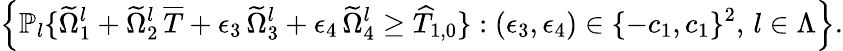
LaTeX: \Big\{ \mathbb{P}_{l}\{ \widetilde{\Omega}_{1}^{l}+\widetilde{\Omega}_{2}^{l}\, \overline{{T}}+\epsilon_{3}\, \widetilde{\Omega}_{3}^{l}+\epsilon_{4}\, \widetilde{\Omega}_{4}^{l}\geq\widehat{T}_{1,0}\} :(\epsilon_{3},\epsilon_{4})\in\{ -c_{1},c_{1}\} ^{2},\, l\in\Lambda\Big\} .